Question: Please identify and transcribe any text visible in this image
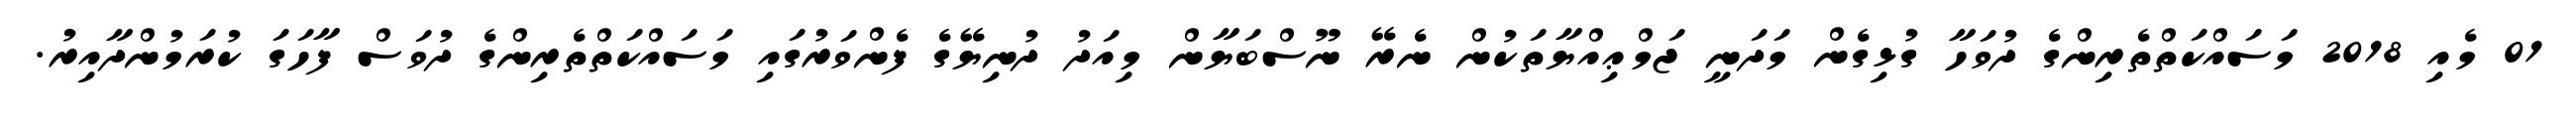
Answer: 01 މެއި 2018 މަސައްކަތްތެރިންގެ ދުވަހާ ގުޅިގެން މަދަނީ ޖަމްޢިއްޔާތަކުން ނެރޭ ނޫސްބަޔާން މިއަދު ދުނިޔޭގެ ފެންވަރުގައި މަސައްކަތްތެރިންގެ ދުވަސް ފާހަގަ ކުރަމުންދާއިރު.